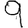
Digit: 9